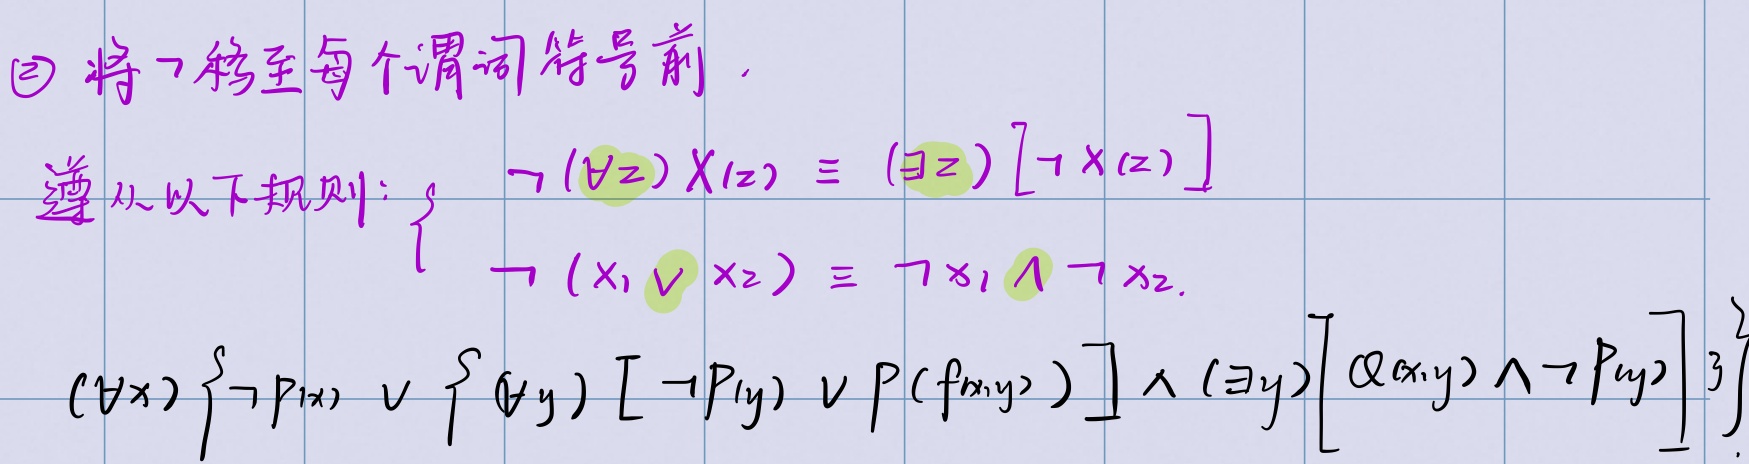
\textcircled{2} 将$\neg$移至每个谓词符号前。遵从以下规则：$\begin{cases}\neg (\forall z) X(z) \equiv (\exists z)[\neg X(z)]\\\neg (x_1 \vee x_2) \equiv \neg x_1 \wedge \neg x_2\end{cases}$
$(\forall x) \left\{ \neg P(x) \vee \left\{ (\forall y)[\neg P(y) \vee P(f(x,y))] \wedge (\exists y)[Q(x,y) \wedge \neg P(y)] \right\} \right\}$